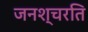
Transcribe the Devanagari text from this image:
जनश्चरति